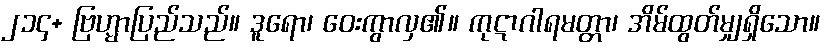
၂၁၄+ ဗြဟ္မာပြည်သည်။ ဒူရော၊ ဝေးကွာလှ၏။ ကုဋာဂါရမတ္တာ၊ အိမ်ထွတ်မျှရှိသော။